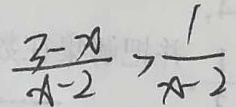
\frac { 3 - x } { x - 2 } > \frac { 1 } { x - 2 }